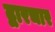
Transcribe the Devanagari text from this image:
द्वारचार